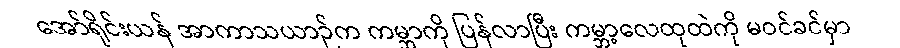
အော်ရိုင်းယန် အာကာသယာဉ်က ကမ္ဘာကို ပြန်လာပြီး ကမ္ဘာ့လေထုထဲကို မဝင်ခင်မှာ